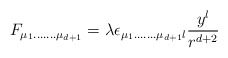
\begin{align*}F_{\mu_{1}.......\mu_{d+1}}=\lambda\epsilon_{\mu_{1}.......\mu_{d+1}l}\frac{y^{l}}{r^{d+2}}\end{align*}